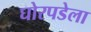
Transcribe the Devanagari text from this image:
घोरपडेला